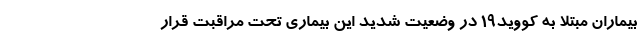
بیماران مبتلا به کووید۱۹ در وضعیت شدید این بیماری تحت مراقبت قرار